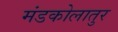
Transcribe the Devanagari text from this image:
मंडकोलातुर